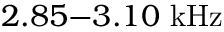
2 . 8 5 { - } 3 . 1 0 ~ \mathrm { k H z }